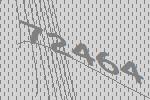
72464